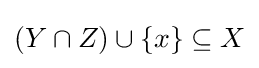
(Y\cap Z)\cup \{x\}\subseteq X